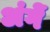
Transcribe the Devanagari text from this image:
अंगें